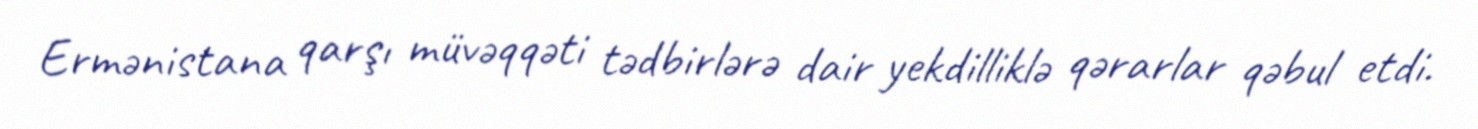
Ermənistana qarşı müvəqqəti tədbirlərə dair yekdilliklə qərarlar qəbul etdi.